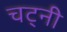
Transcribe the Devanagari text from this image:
चट्नी